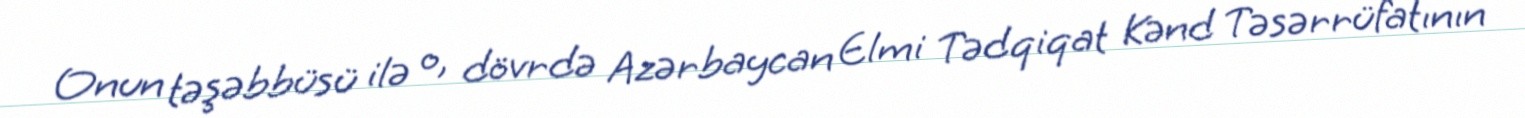
Onun təşəbbüsü ilə o, dövrdə Azərbaycan Elmi Tədqiqat Kənd Təsərrüfatının